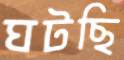
ঘটছি